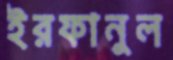
ইরফানুল